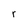
Character: r